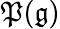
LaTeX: \mathfrak{P}({\mathfrak{{g}}})